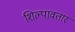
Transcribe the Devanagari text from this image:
शिल्पावतार